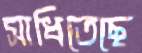
সাধিতেছে